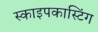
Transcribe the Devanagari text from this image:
स्काइपकास्टिंग